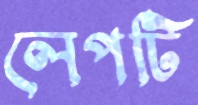
লেপটি